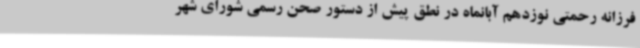
فرزانه رحمتی نوزدهم آبانماه در نطق پیش از دستور صحن رسمی شورای شهر